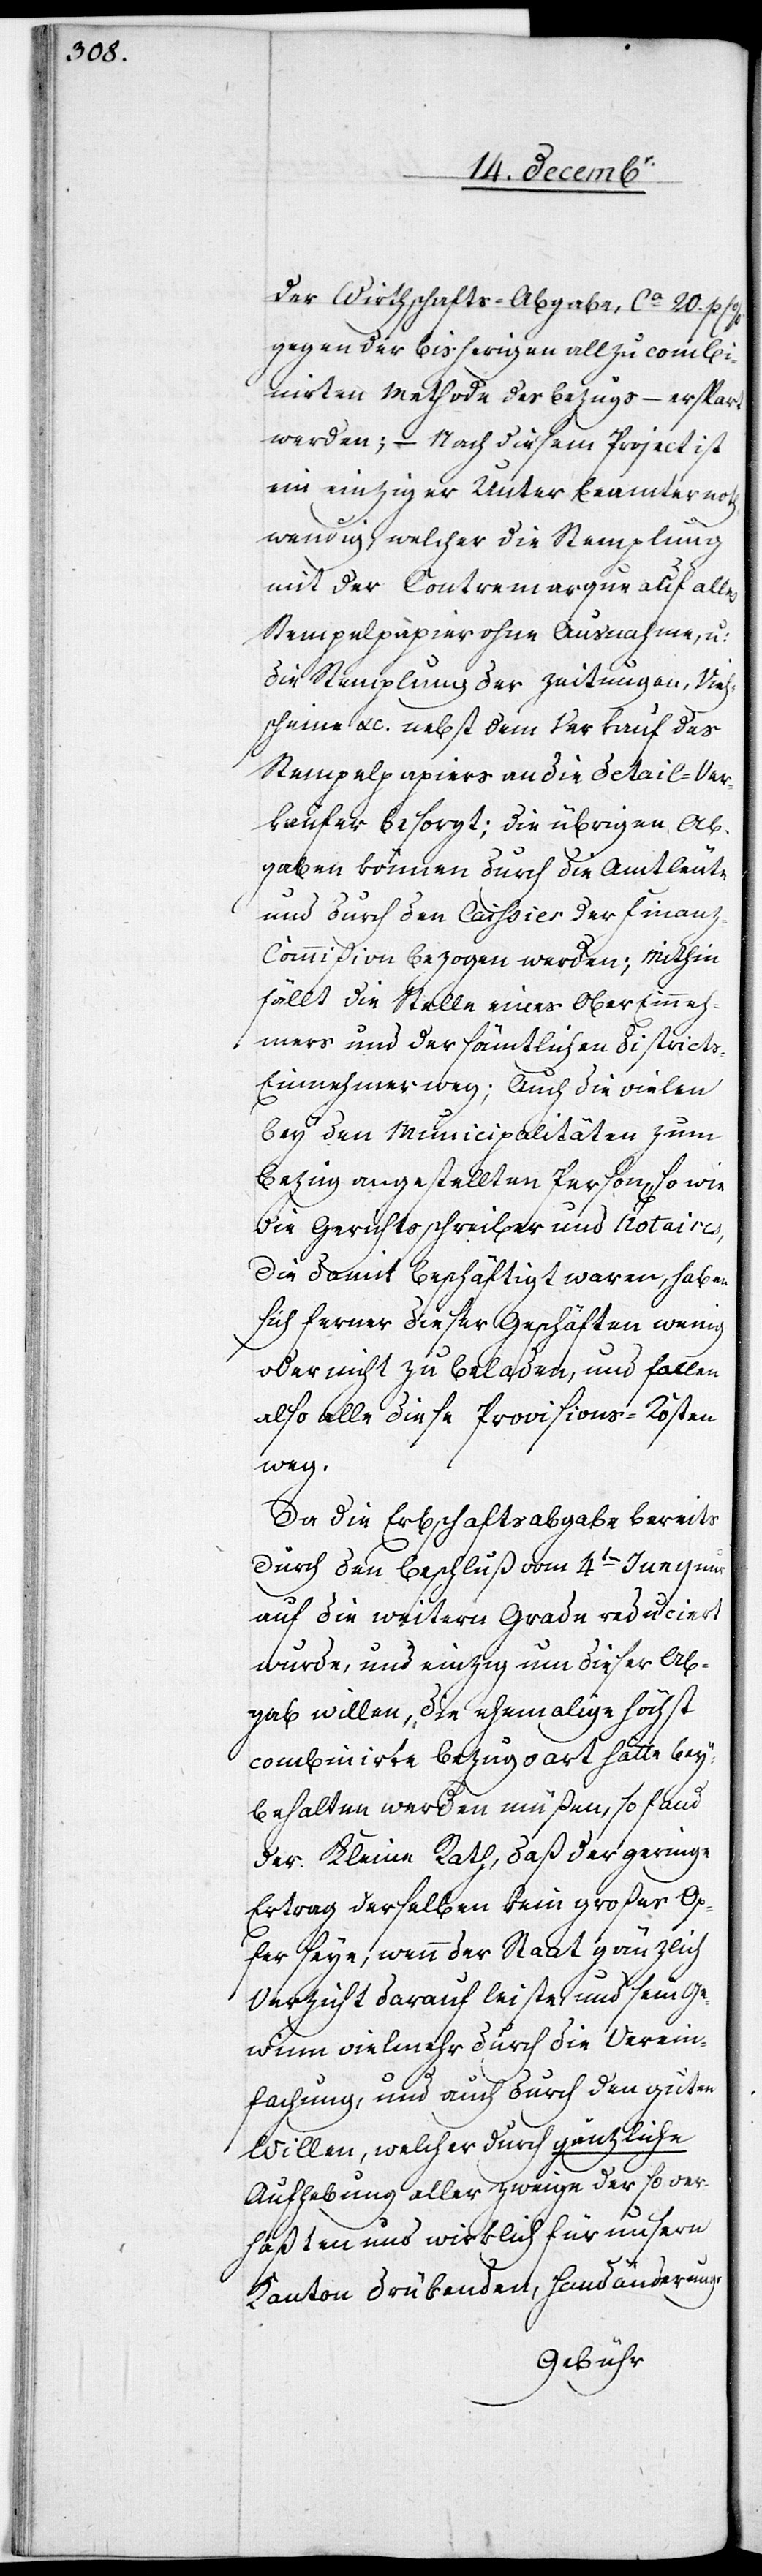
der Wirthschafts-Abgabe, ca 20. p C
gegen der bisherigen allzu combi¬
nirten Methode des Bezugs – erspart
werden; – Nach diesem Project ist
ein einziger Unterbeamter no¬
thwendig, welcher die Stemplung
mit der Contremarque auf alles
Stempelpapier ohne Ausnahme, u:
die Stemplung der Zeitungen, Vieh¬
scheine etc. nebst dem Verkauf des
Stempelpapiers an die Detail-Ver¬
käufer besorgt; die übrigen Ab¬
gaben können durch die Amtleute
und durch den Caissier der Finan¬
z-Commißion bezogen werden; Mithin
fällt die Stelle eines Obereinneh¬
mers und der sämtlichen Dictrict¬
s-Einnehmer weg; Auch die vielen
bey den Municipalitäten zum
Bezug angestellten Person[en], so wie
die Gerichtsschreiber und Notaires,
die damit beschäftigt waren, haben
sich ferner dieser Geschäften wenig
oder nicht zu beladen, und fallen
also alle diese Provisions-Kosten
weg.
Da die Erbschaftsabgabe bereits
durch den Beschluß vom 4ten Junii nur
auf die weitern Grade reduciert
wurde, und einzig um dieser Ab¬
gab willen, die ehemahlige höchst
combinirte Bezugsart hätte bey¬
behalten werden müßen, so fand
der Kleine Rath, daß der geringe
Ertrag derselben kein großes Op¬
fer seye, wenn der Staat gänzlich
Verzicht darauf leiste, und sein Ge¬
winn vielmehr durch die Verein¬
fachung, und auch durch den guten
Willen, welcher durch gänzliche
Aufhebung aller Zweige der so ver¬
haßten und wirklich für unsern
Kanton drükenden, Handänderungs-